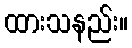
ထားသနည်း။